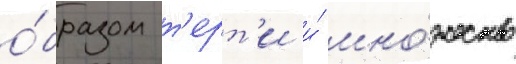
о́бразом т'ерт'и и́ мно́жество